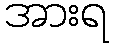
အားရ